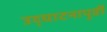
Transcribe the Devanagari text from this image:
उद्‌घाटनापूर्वी